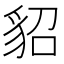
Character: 貂